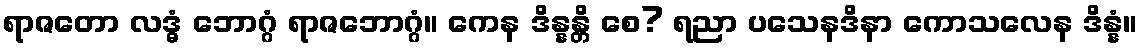
ရာဇတော လဒ္ဓံ ဘောဂ္ဂံ ရာဇဘောဂ္ဂံ။ ကေန ဒိန္နန္တိ စေ? ရညာ ပသေနဒိနာ ကောသလေန ဒိန္နံ။